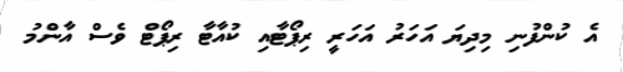
އެ ކުންފުނި މިދިޔަ އަހަރު އަހަރީ ރިޕޯޓާއި ކުއާޓާ ރިޕޯޓް ވެސް އާންމު